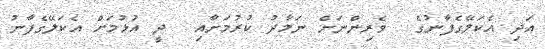
އަދި އެކަލޭގެފާނުގެ  ވެރިންނަށް ނަމާދު ކުރުމަށާއި  ދީ އުޅުމަށް އެކަލޭގެފާނު